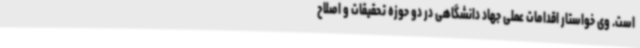
است. وی خواستار اقدامات عملی جهاد دانشگاهی در دو حوزه تحقیقات و اصلاح